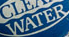
WATER